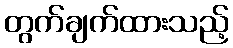
တွက်ချက်ထားသည့်